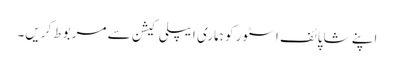
اپنے شاپائف اسٹور کو ہماری ایپلی کیشن سے مربوط کریں۔